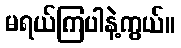
မရယ်ကြပါနဲ့ကွယ်။